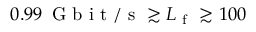
0 . 9 9 \, \mathrm { ~ G ~ b ~ i ~ t ~ / ~ s ~ } \gtrsim L _ { \mathrm { ~ f ~ } } \gtrsim 1 0 0